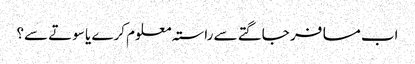
اب مسافر جاگتے سے راستہ معلوم کرے یا سوتے سے؟